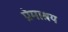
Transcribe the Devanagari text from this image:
प्रेमाश्रय